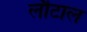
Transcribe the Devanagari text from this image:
लौटाल